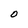
Character: O